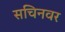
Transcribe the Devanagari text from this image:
सचिनवर